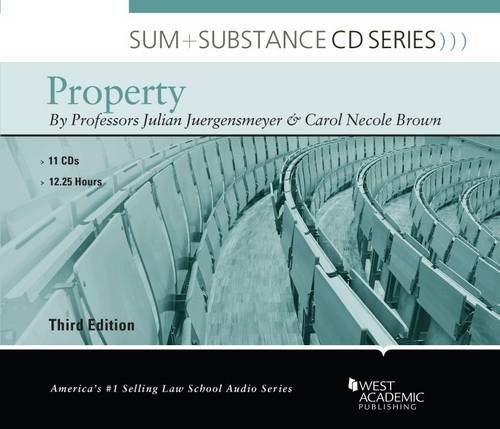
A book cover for Sum and Substance Audio on Property; Julian Juergensmeyer; Law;